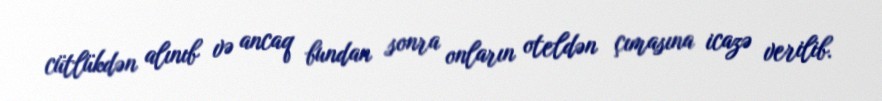
cütlükdən alınıb və ancaq bundan sonra onların oteldən çımasına icazə verilib.